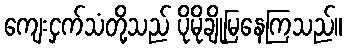
ကျေးငှက်သံတို့သည် ပိုမိုချိုမြနေကြသည်။